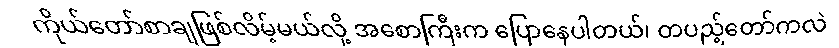
ကိုယ်တော်စာချဖြစ်လိမ့်မယ်လို့ အစောကြီးက ပြောနေပါတယ်၊ တပည့်တော်ကလဲ